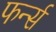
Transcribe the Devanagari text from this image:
फर्न्स